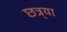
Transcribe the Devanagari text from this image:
छत्र्‍या